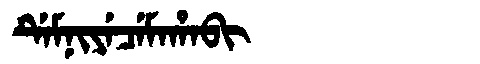
Manchu: ᡩᡝᠮᠨᡳᠶᡝᠴᡝᠮᠠᡥᠠᠪᡳ
Romanization: DEMNIYECEMAHABI